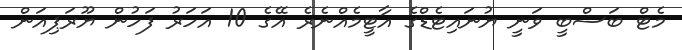
މެޓް ބަސްބީ ވަނީ ޔުނައިޓެޑްގެ އާޓީމެއްނެރެ އޭގެ 10 އަހަރު ފަހުން ޔޫރަޕިއަން